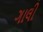
ગાલી